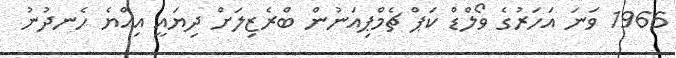
1966 ވަނަ އަހަރުގެ ވޯލްޑް ކަޕް ޗެމްޕިއަނުން ބްރެޒިލަށް ދިޔައީ އިއްޔެ ހެނދުނު